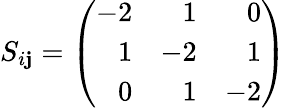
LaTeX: S_{i\mathbf{j}}=\left(\begin{array}{rrr}{{-2}}&{{1}}&{{0}}\\ {{1}}&{{-2}}&{{1}}\\ {{0}}&{{1}}&{{-2}}\end{array}\right)